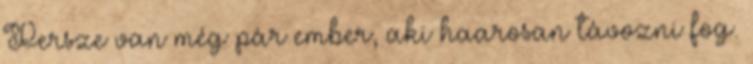
Persze van még pár ember, aki haarosan távozni fog.